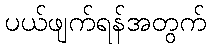
ပယ်ဖျက်ရန်အတွက်